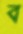
ব